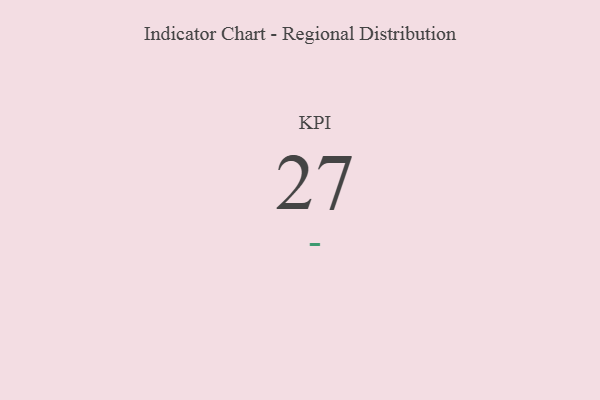
{"axis": {"x": "KPI", "y": "Value"}, "legend": [""], "data": [{"x": "KPI", "y": 27, "type": ""}]}